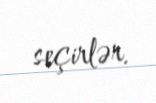
seçirlər.